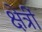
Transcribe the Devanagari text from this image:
क्षेत्रीं